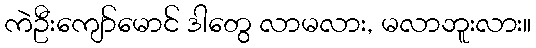
ကဲဦးကျော်မောင် ဒါတွေ လာမလား, မလာဘူးလား။